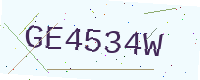
Text: GE4534W